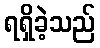
ရရှိခဲ့သည်